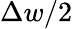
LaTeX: \Delta w/2